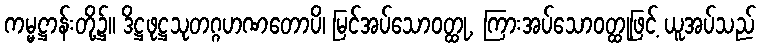
ကမ္မဋ္ဌာန်းတို့၌။ ဒိဋ္ဌဖုဋ္ဌသုတဂ္ဂဟဏတောပိ၊ မြင်အပ်သောဝတ္ထု, ကြားအပ်သောဝတ္ထုဖြင့် ယူအပ်သည်